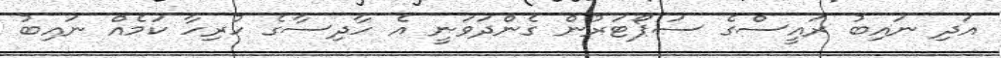
އަދި ނައިބު ރައީސްގެ ސަޕޯޓަރުން ގެންދަވަނީ އެ ހާދިސާގެ ހުރިހާ ކަމެއް ނައިބު